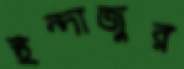
ইন্দাজুর